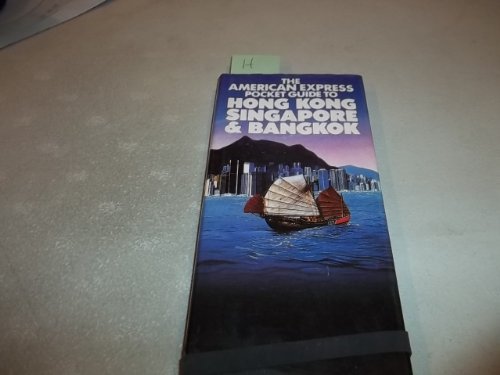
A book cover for Hong Kong-Singapore-Bangkok; INTL; Travel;